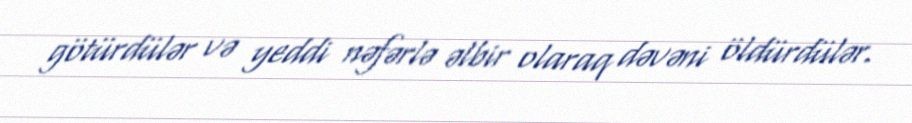
götürdülər və yeddi nəfərlə əlbir olaraq dəvəni öldürdülər.